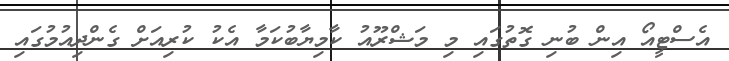
އެސްޓީއޯ އިން ބުނި ގޮތުގައި މި މަޝްރޫއު ކާމިޔާބުކަމާ އެކު ކުރިއަށް ގެންދިއުމުގައި